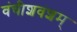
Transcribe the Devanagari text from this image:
वंचीशवंशम्